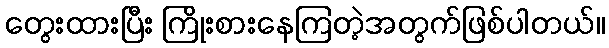
တွေးထားပြီး ကြိုးစားနေကြတဲ့အတွက်ဖြစ်ပါတယ်။